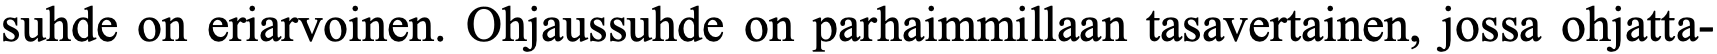
suhde on eriarvoinen. Ohjaussuhde on parhaimmillaan tasavertainen, jossa ohjatta-